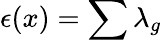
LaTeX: \epsilon(x)=\sum\lambda_{g}